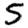
Digit: 5